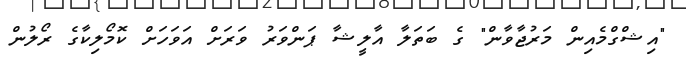
"އިޝްގްމެއިން މަރުޖާވާން" ގެ ބަތަލާ އާލީޝާ ޕަންވަރު ވަރަށް އަވަހަށް ކޮމޯލިކާގެ ރޯލުން